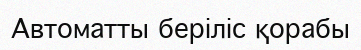
Автоматты беріліс қорабы